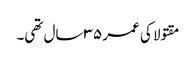
مقتولا کی عمر ٣٥ سال تھی۔